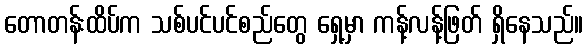
တောတန်းထိပ်က သစ်ပင်ပင်စည်တွေ ရှေ့မှာ ကန့်လန့်ဖြတ် ရှိနေသည်။